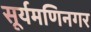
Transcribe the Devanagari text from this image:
सूर्यमणिनगर